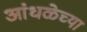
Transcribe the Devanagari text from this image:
आंधळेच्या